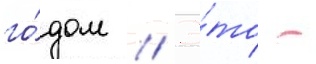
го́дом // Э́то -